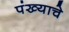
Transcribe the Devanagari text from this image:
पंख्याचे